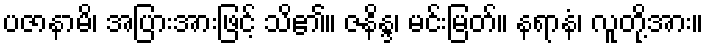
ပဇာနာမိ၊ အပြားအားဖြင့် သိ၏။ ဇနိန္ဒ၊ မင်းမြတ်။ နရာနံ၊ လူတို့အား။